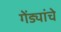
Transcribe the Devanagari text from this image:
गेंड्यांचे